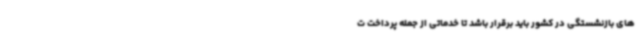
های بازنشستگی در کشور باید برقرار باشد تا خدماتی از جمله پرداخت ت